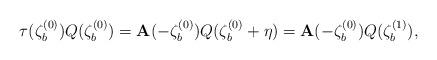
LaTeX: \begin{align*}\tau (\zeta _{b}^{(0)})Q(\zeta _{b}^{(0)})=\mathbf{A}(-\zeta _{b}^{(0)})Q(\zeta _{b}^{(0)}+\eta )=\mathbf{A}(-\zeta_{b}^{(0)})Q(\zeta _{b}^{(1)}),\end{align*}